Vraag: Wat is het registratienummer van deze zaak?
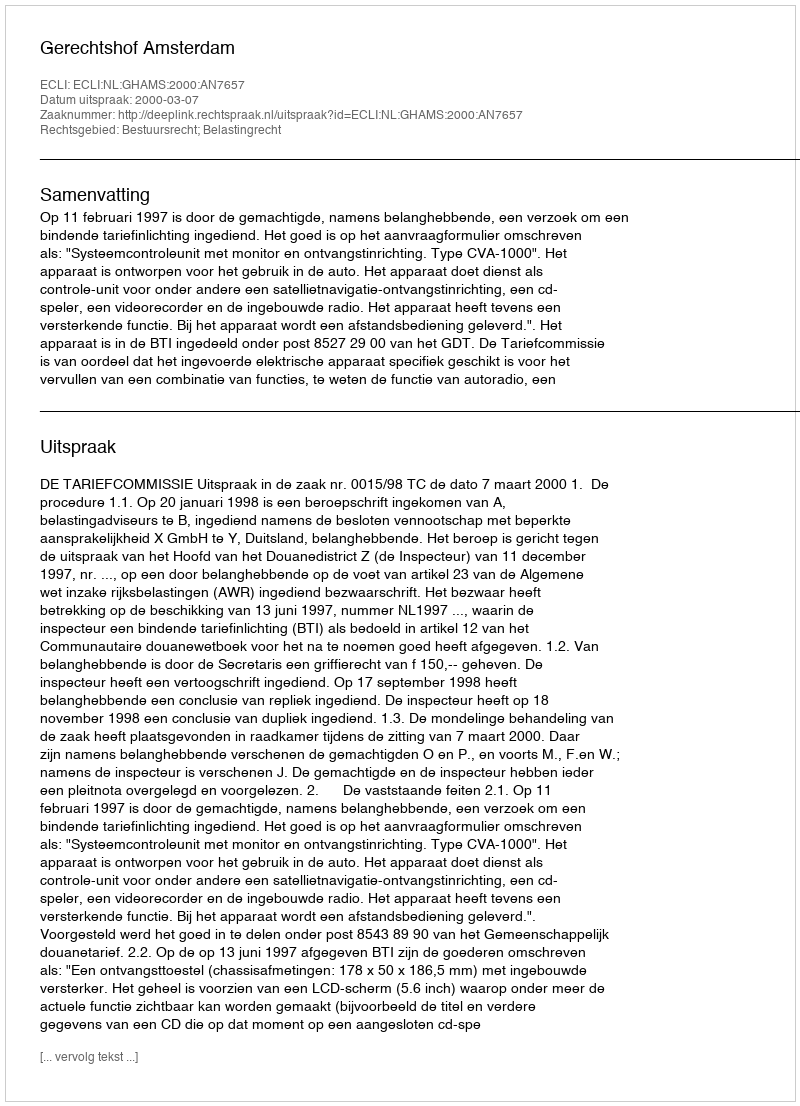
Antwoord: http://deeplink.rechtspraak.nl/uitspraak?id=ECLI:NL:GHAMS:2000:AN7657